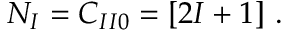
N _ { I } = C _ { I I 0 } = [ 2 I + 1 ] \ .